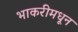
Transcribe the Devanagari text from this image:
भाकरीमधून